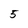
Character: 5